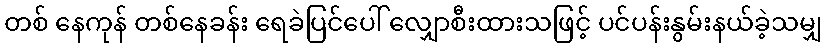
တစ် နေကုန် တစ်နေခန်း ရေခဲပြင်ပေါ် လျှောစီးထားသဖြင့် ပင်ပန်းနွမ်းနယ်ခဲ့သမျှ